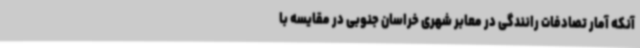
آنکه آمار تصادفات رانندگی در معابر شهری خراسان جنوبی در مقایسه با